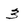
Character: 3